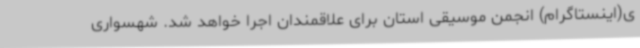
ی(اینستاگرام) انجمن موسیقی استان برای علاقمندان اجرا خواهد شد. شهسواری